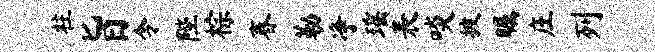
柱旨令陛棕春勒净瑶表啖披瞩庄列